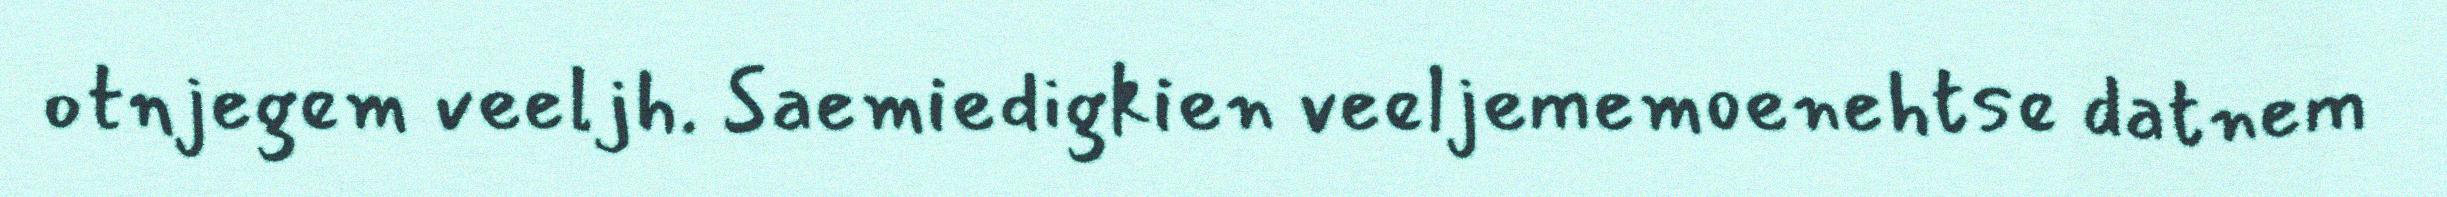
otnjegem veeljh. Saemiedigkien veeljememoenehtse datnem